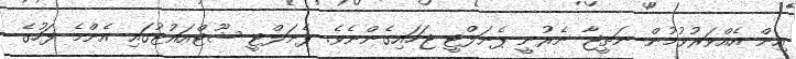
އިން އެއްވަރުވުމުން ނަތީޖާ ނެރުނީ ޕެނަލްޓީ ޖަހައިގެންނެވެ. ޕެނަލްޓީ ޝޫޓްއައުޓުގައި އެންމެ ފަހުގެ